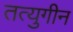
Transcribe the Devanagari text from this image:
तत्युगीन